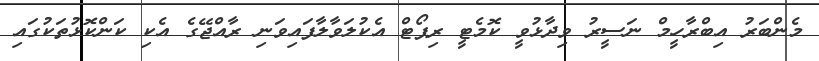
މެންބަރު އިބްރާހީމް ނަސީރު ވިދާޅުވީ ކޮމެޓީ ރިޕޯޓް އެކުލަވާލާފައިވަނި ރާއްޖޭގެ އެކި ކަންކޮޅުތަކުގައި